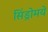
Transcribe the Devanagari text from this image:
सिंड्रोमये